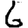
Digit: 6